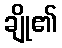
ချို၏